Rangoon Lunatic Asylum 1878-1892 - 1878-1892
Year: 1878
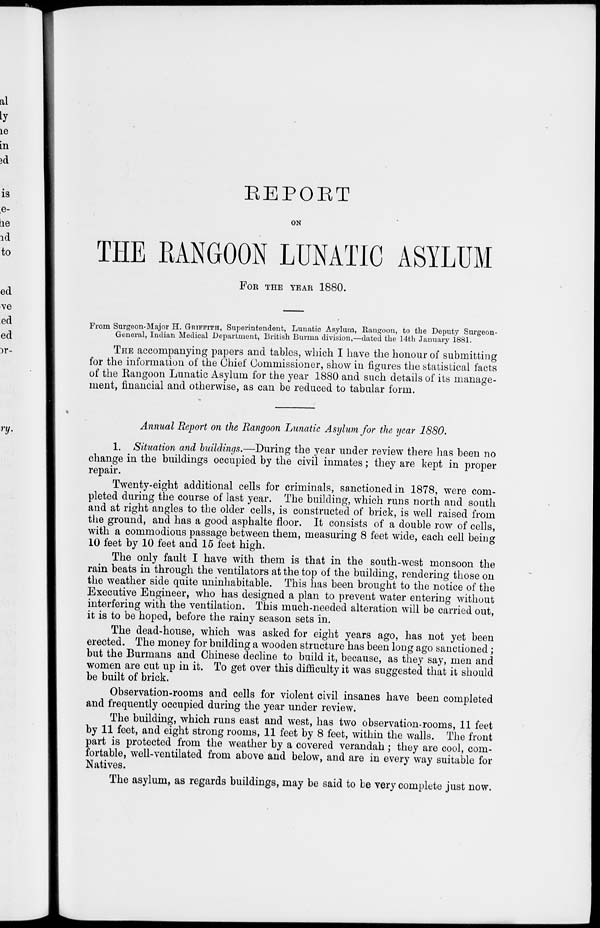
REPORT
ON
THE RANGOON LUNATIC ASYLUM
FOR THE YEAR 1880.
From Surgeon-Major H. GRIFFITH, Superintendent, Lunatic Asylum, Rangoon, to the Deputy Surgeon-
General, Indian Medical Department, British Burma division,—dated the 14th January 1881.
THE accompanying papers and tables, which I have the honour of submitting
for the information of the Chief Commissioner, show in figures the statistical facts
of the Rangoon Lunatic Asylum for the year 1880 and such details of its manage-
ment, financial and otherwise, as can be reduced to tabular form.
Annual Report on the Rangoon Lunatic Asylum for the year 1880.
1. Situation and buildings.—During the year under review there has been no
change in the buildings occupied by the civil inmates; they are kept in proper
repair.
Twenty-eight additional cells for criminals, sanctioned in 1878, were com-
pleted during the course of last year. The building, which runs north and south
and at right angles to the older cells, is constructed of brick, is well raised from
the ground, and has a good asphalte floor. It consists of a double row of cells,
with a commodious passage between them, measuring 8 feet wide, each cell being
10 feet by 10 feet and 15 feet high.
The only fault I have with them is that in the south-west monsoon the
rain beats in through the ventilators at the top of the building, rendering those on
the weather side quite uninhabitable. This has been brought to the notice of the
Executive Engineer, who has designed a plan to prevent water entering without
interfering with the ventilation. This much-needed alteration will be carried out,
it is to be hoped, before the rainy season sets in.
The dead-house, which was asked for eight years ago, has not yet been
erected. The money for building a wooden structure has been long ago sanctioned;
but the Burmans and Chinese decline to build it, because, as they say, men and
women are cut up in it. To get over this difficulty it was suggested that it should
be built of brick.
Observation-rooms and cells for violent civil insanes have been completed
and frequently occupied during the year under review.
The building, which runs east and west, has two observation-rooms, 11 feet
by 11 feet, and eight strong rooms, 11 feet by 8 feet, within the walls. The front
part is protected from the weather by a covered verandah; they are cool, com-
fortable, well-ventilated from above and below, and are in every way suitable for
Natives.
The asylum, as regards buildings, may be said to be very complete just now.